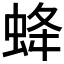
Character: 𧊵